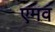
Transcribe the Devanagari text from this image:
एमव